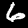
Digit: 6